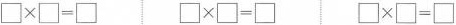
\Box \times \Box = \Box \Box \times \Box = \Box \Box \times \Box = \Box